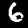
Digit: 6